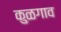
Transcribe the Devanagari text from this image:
कुळगाव